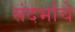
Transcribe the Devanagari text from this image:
संदर्भाचे